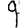
Digit: 9